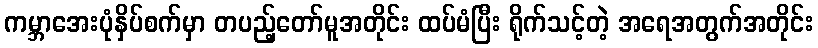
ကမ္ဘာအေးပုံနှိပ်စက်မှာ တပည့်တော်မူအတိုင်း ထပ်မံပြီး ရိုက်သင့်တဲ့ အရေအတွက်အတိုင်း